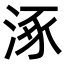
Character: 涿